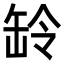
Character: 䍅